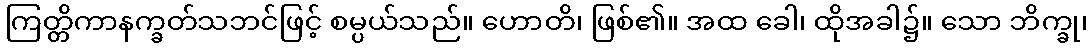
ကြတ္တိကာနက္ခတ်သဘင်ဖြင့် စမ္ပယ်သည်။ ဟောတိ၊ ဖြစ်၏။ အထ ခေါ၊ ထိုအခါ၌။ သော ဘိက္ခု၊